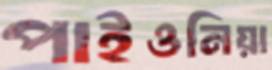
পাইওনিয়া